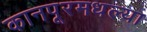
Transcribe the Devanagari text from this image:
कानपूरमधल्या